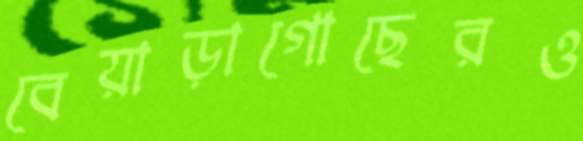
বেয়াড়াগোছেরও